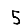
Digit: 5